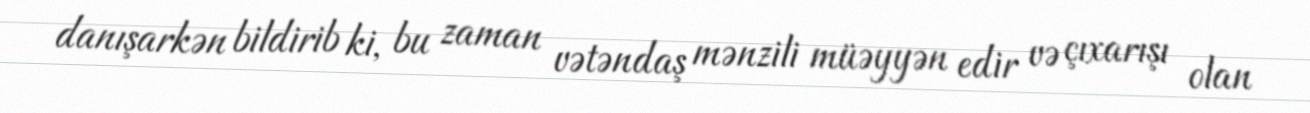
danışarkən bildirib ki, bu zaman vətəndaş mənzili müəyyən edir və çıxarışı olan